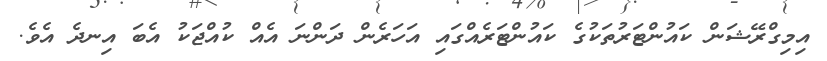
އިމިގްރޭޝަން ކައުންޓަރުތަކުގެ ކައުންޓަރެއްގައި އަހަރެން ދަންނަ އެއް ކުއްޖަކު އެބަ އިނދެ އެވެ.